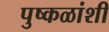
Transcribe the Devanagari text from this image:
पुष्कळांशी